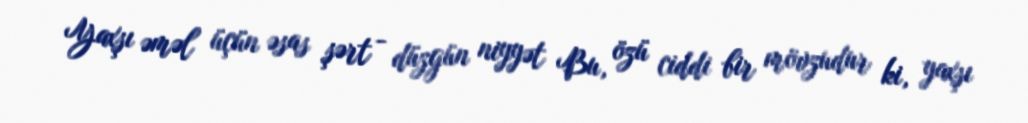
Yaxşı əməl üçün əsas şərt - düzgün niyyət Bu, özü ciddi bir mövzudur ki, yaxşı